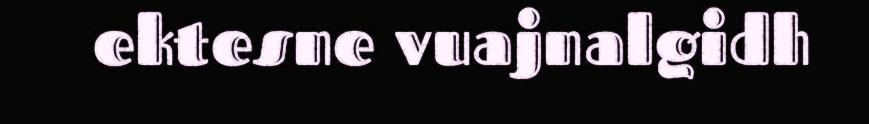
ektesne vuajnalgidh